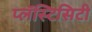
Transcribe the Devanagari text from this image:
प्लॅस्टिसिटी